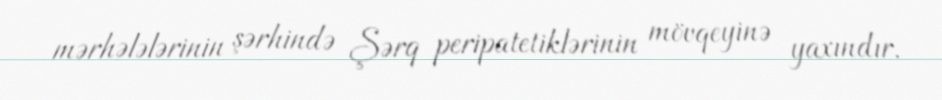
mərhələlərinin şərhində Şərq peripatetiklərinin mövqeyinə yaxındır.